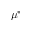
\mu ^ { * }